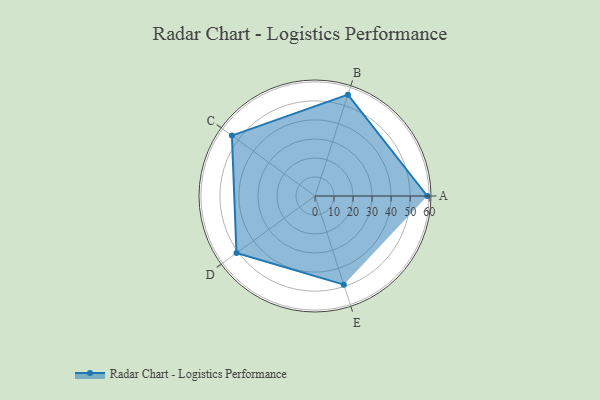
{"axis": {"x": "Skill", "y": "Score"}, "legend": ["Profile"], "data": [{"x": "A", "y": 59.0, "type": "Profile"}, {"x": "B", "y": 56.0, "type": "Profile"}, {"x": "C", "y": 54.0, "type": "Profile"}, {"x": "D", "y": 51.0, "type": "Profile"}, {"x": "E", "y": 49.0, "type": "Profile"}]}